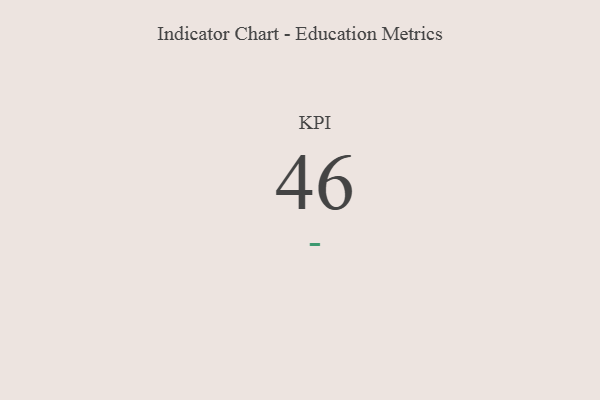
{"axis": {"x": "KPI", "y": "Value"}, "legend": [""], "data": [{"x": "KPI", "y": 46, "type": ""}]}